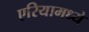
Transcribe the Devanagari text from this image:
एरियामध्ये